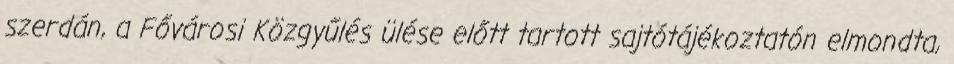
szerdán, a Fővárosi Közgyűlés ülése előtt tartott sajtótájékoztatón elmondta,